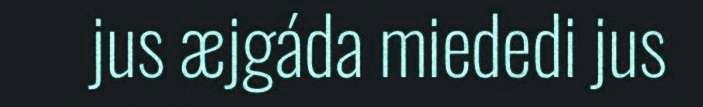
jus æjgáda miededi jus